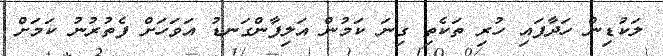
ލަކުޑިން ހަދާފައި ހުރި ތަކެތި ގިނަ ކަމުން އަލިފާންގަނޑު އަވަހަށް ފެތުރުނު ކަމަށް